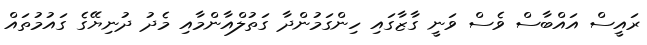
ރައީސް އައްބާސް ވެސް ވަނީ ގާޒާގައި ހިންގަމުންދާ ގަތުލްއާންމާއި މެދު ދުނިޔޭގެ ގައުމުތައް